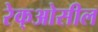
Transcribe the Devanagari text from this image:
रेक्‌ओसील